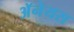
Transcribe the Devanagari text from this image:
अॅनेयस